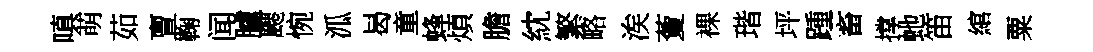
嗔萌茹亶鞠闻臚颸惋泒曷童蜂煩膽紞繁略涘藑裸瑎坪踵畜撑虵笛綰粟